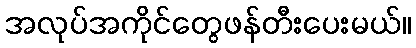
အလုပ်အကိုင်တွေဖန်တီးပေးမယ်။